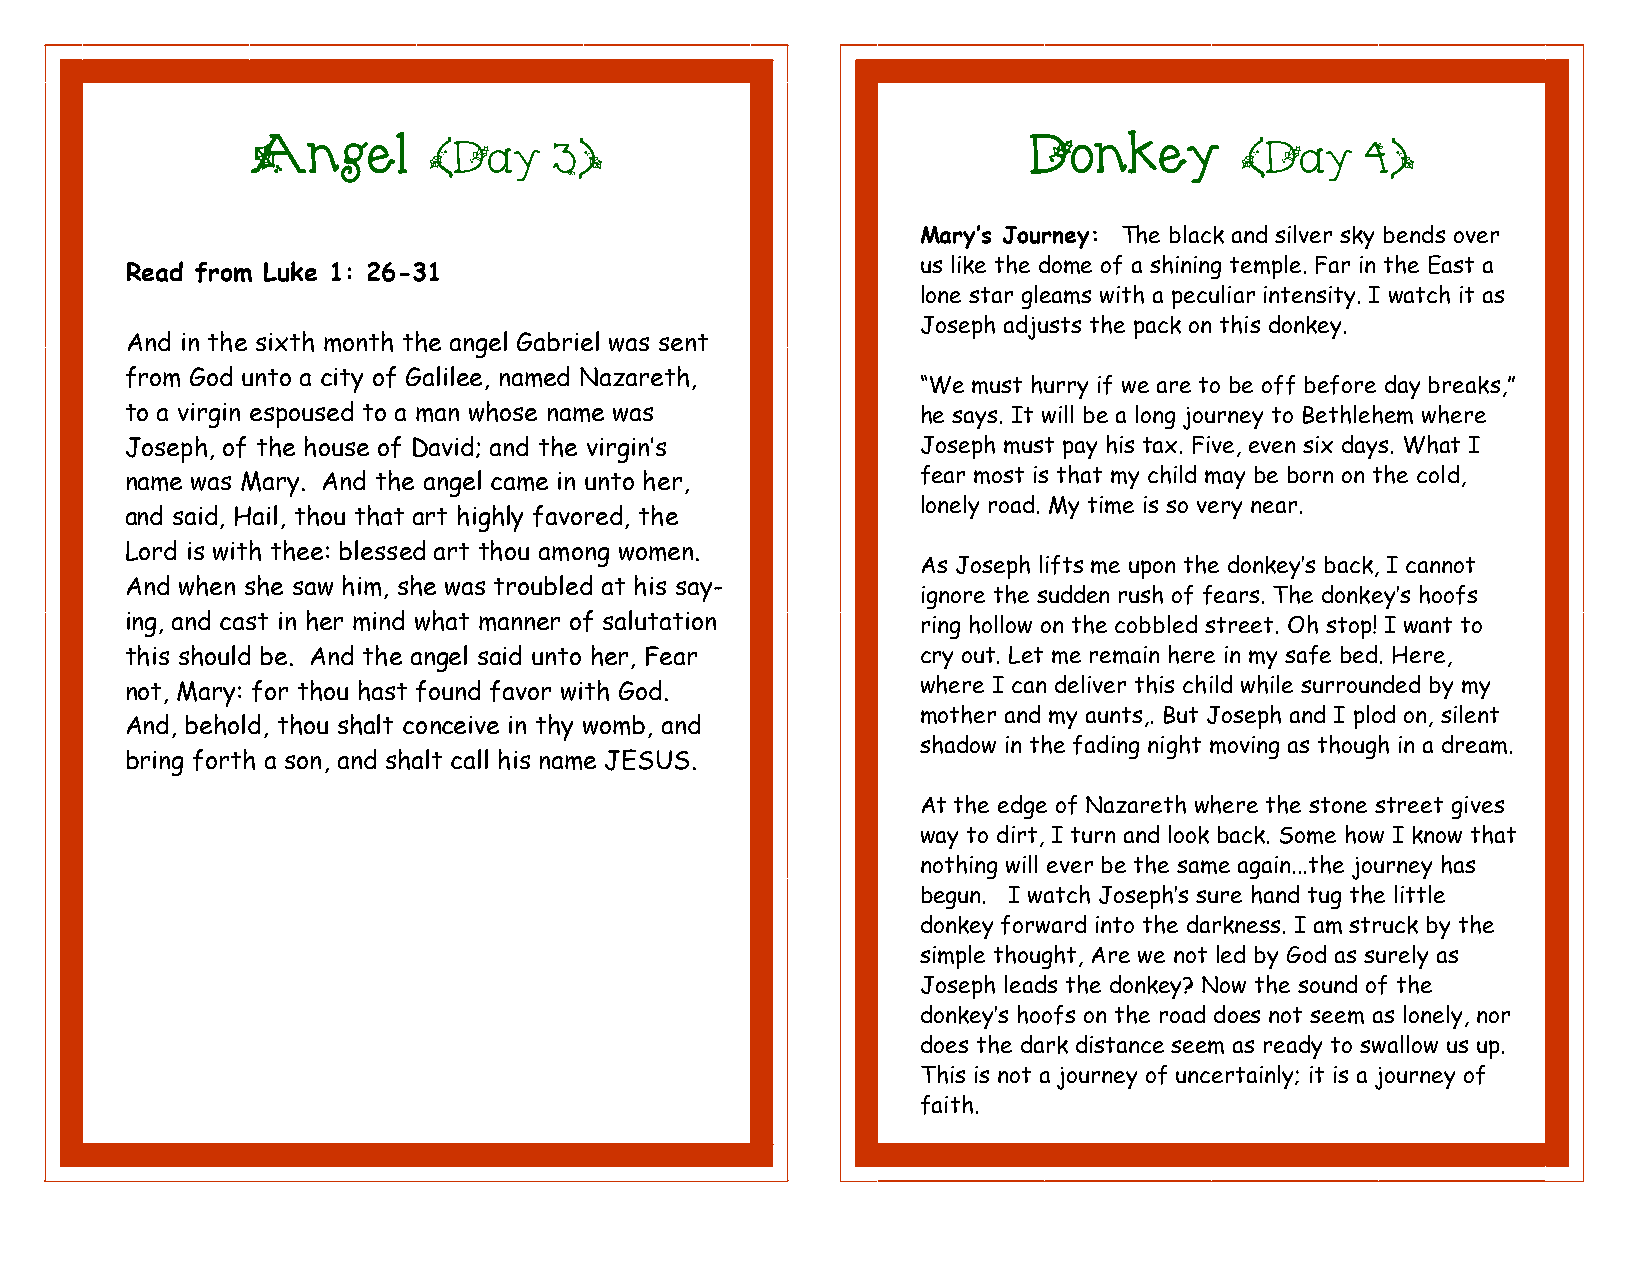
Angel                                              Donkey
 (Day     3)                                           (Day    4)
 Mary’s Journey: The black and silver sky bends over
 us like the dome of a shining temple. Far in the East a
 Read from Luke 1: 26-31
 lone star gleams with a peculiar intensity. I watch it as
 Joseph adjusts the pack on this donkey.
 And in the sixth month the angel Gabriel was sent
 from God unto a city of Galilee, named Nazareth,
 “We must hurry if we are to be off before day breaks,”
 to a virgin espoused to a man whose name was         he says. It will be a long journey to Bethlehem where
 Joseph, of the house of David; and the virgin’s      Joseph must pay his tax. Five, even six days. What I
 name was Mary. And the angel came in unto her,       fear most is that my child may be born on the cold,
 lonely road. My time is so very near.
 and said, Hail, thou that art highly favored, the
 Lord is with thee: blessed art thou among women.
 As Joseph lifts me upon the donkey’s back, I cannot
 And when she saw him, she was troubled at his say-
 ignore the sudden rush of fears. The donkey’s hoofs
 ing, and cast in her mind what manner of salutation  ring hollow on the cobbled street. Oh stop! I want to
 this should be. And the angel said unto her, Fear    cry out. Let me remain here in my safe bed. Here,
 not, Mary: for thou hast found favor with God.       where I can deliver this child while surrounded by my
 mother and my aunts,. But Joseph and I plod on, silent
 And, behold, thou shalt conceive in thy womb, and
 shadow in the fading night moving as though in a dream.
 bring forth a son, and shalt call his name JESUS.
 At the edge of Nazareth where the stone street gives
 way to dirt, I turn and look back. Some how I know that
 nothing will ever be the same again...the journey has
 begun. I watch Joseph’s sure hand tug the little
 donkey forward into the darkness. I am struck by the
 simple thought, Are we not led by God as surely as
 Joseph leads the donkey? Now the sound of the
 donkey’s hoofs on the road does not seem as lonely, nor
 does the dark distance seem as ready to swallow us up.
 This is not a journey of uncertainly; it is a journey of
 faith.